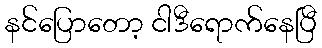
နင်ပြောတော့ ငါဒီရောက်နေပြီ